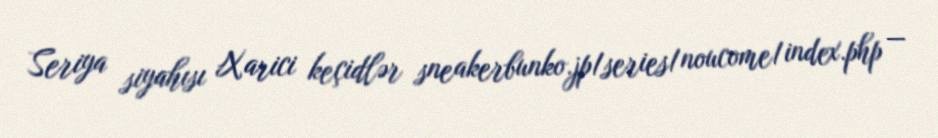
Seriya siyahısı Xarici keçidlər sneakerbunko.jp/series/noucome/index.php —